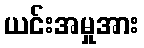
ယင်းအမှုအား